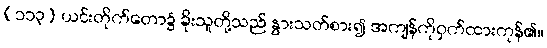
(၁၁၃) ယင်းတိုက်တော၌ ခိုးသူတို့သည် နွားသတ်စား၍ အကျန်ကိုဝှက်ထားကုန်၏။